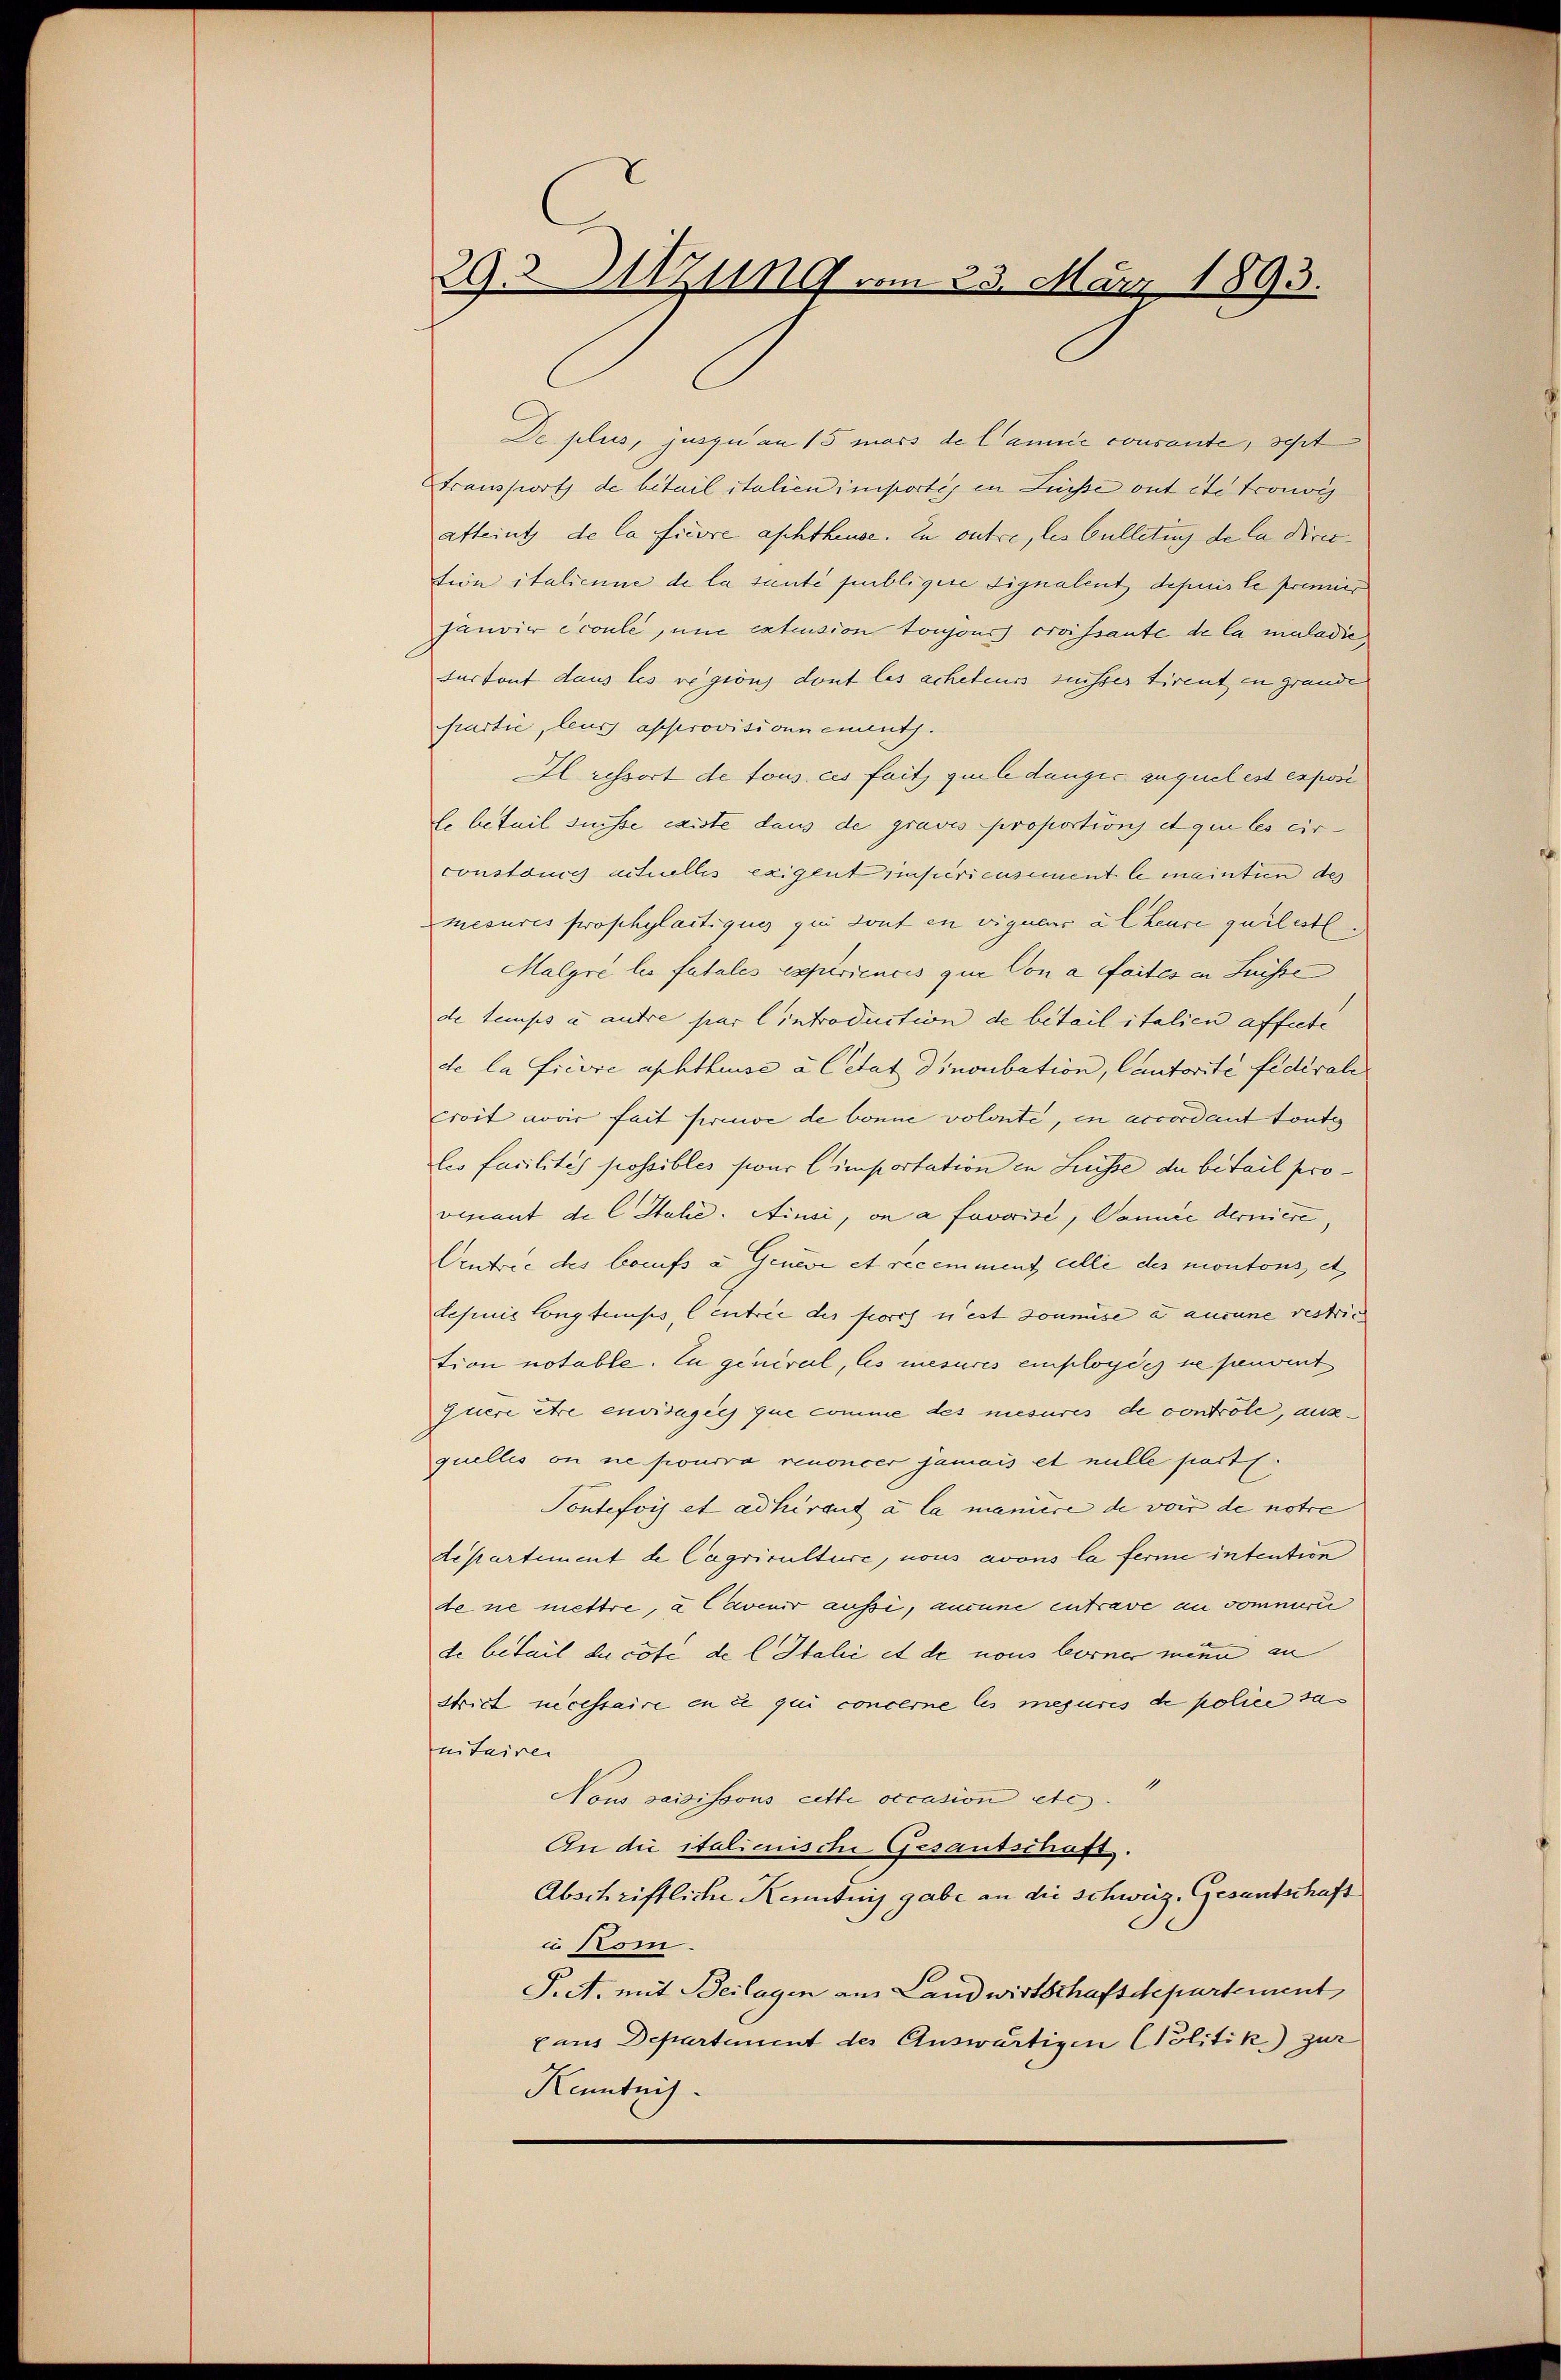
29. 117119 vom 23. März 1893.

De plus, jusque an 15 mass de Cannie consante, seht
transport de betail italien importig in Fürste ont ete trouve
afteint de la fierre aschthause. In outre, les bulletins de la Directein italicune de la sante publigere Signalent depuis le premier
janvie écoule, und extension toujours croissante de la maladier
turtout dans les regions dont les acheteurs seister tirent in grande
partie, leur approvisionnements.
Il ressort de tous ces fait, qui le danger auquel est esposi
le beteil suisse existe dans de gravis proportions et qui les cir
constance actuelles exigent einscricusiment le maintien des
mesures prophylaitiques que dont in vigueur alheure quilestl.
Malgre les fatales experiencis que Con a faites in Suisse
de temps à autre par lintroduction de beteil italien affecte
de la Ficore aphthause à Citat dinoubation, Cautorité fidérale
croit wir fait freude de bonne volonte, in accordant toutes
leo furilités possibles sous importation in Liesse de beteil provenant de l. Stahe. Ainsi, on a favorise, Vanice derniere
Centree des baufs a Gener et recemment celle des montons, et
lesinić longtemps, Centrie des forch u ist soumise à aucune restrich
tion notable. Zu general, les mesures employées se peuvent
quere Are envisagées que comme des mesures de controle, ausquelles on ne pourra renoncer jamais et nulle ports.
Soutefois et adhirant à la manice de von de notre
departement de Cagriculture, nous avons la ferne intention
de ne mettre, a Cavenir aussi, anne entrave am Sommerie
de betail ducate de l Italić et de nous borner mein an
Strict necessaire en ce qui concerne les mesures de police sa
nitaire
Nous saisissous cette occasion etc.
An die italienische Gesandschaft.
Abschriftliche Kenntnis gabe an die schweiz. Gesandtschaft
u Kom.
P. A. mit Beilagen aus Landwirtschafsdepartement,
xaus Departement des Auswärtigen Politik zur
Kenntnis.